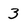
Character: 3